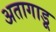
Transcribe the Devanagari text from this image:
अतागाडू